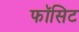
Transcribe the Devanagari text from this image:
फॉसिट